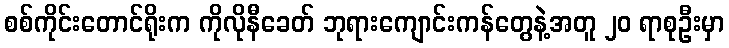
စစ်ကိုင်းတောင်ရိုးက ကိုလိုနီခေတ် ဘုရားကျောင်းကန်တွေနဲ့အတူ ၂၀ ရာစုဦးမှာ